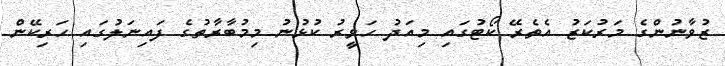
ޒުވާނުންގެ މަރުކަޒު އެތެރޭ ކޯޓުގައި މިއަދު ހަވީރު ކުޅުނު މިމުބާރާތުގެ ފައިނަލުގައި ހަރިކޭން